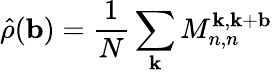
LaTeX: \hat{\rho}(\mathbf{b})=\frac{1}{N}\sum_{\mathbf{k}}M_{n,n}^{\mathbf{k},\mathbf{k}+\mathbf{b}}